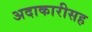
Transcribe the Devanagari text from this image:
अदाकारीसह